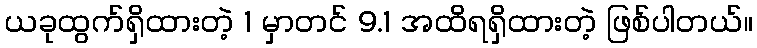
ယခုထွက်ရှိထားတဲ့ 1 မှာတင် 9.1 အထိရရှိထားတဲ့ ဖြစ်ပါတယ်။